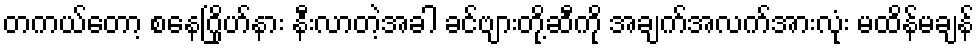
တကယ်တော့ စနေဂြိုဟ်နား နီးလာတဲ့အခါ ခင်ဗျားတို့ဆီကို အချက်အလက်အားလုံး မထိန်မချန်